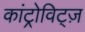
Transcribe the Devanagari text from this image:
कांट्रोविट्ज़